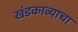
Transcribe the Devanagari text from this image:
खंडकाव्याचा